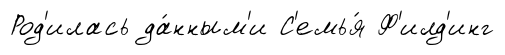
Род'илась да́нным'и С'емья́ Ф'илд'инг